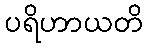
ပရိဟာယတိ